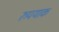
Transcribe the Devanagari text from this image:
रुपयाक